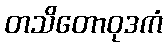
တသိတောဝုဒကံ